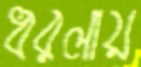
ধরলায়